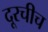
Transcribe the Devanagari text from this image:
दूरचीच